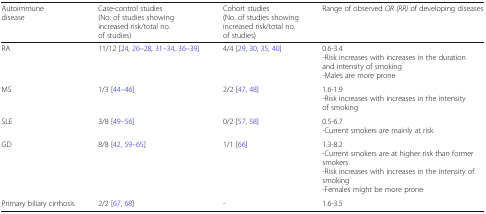
<table><thead><tr><td><b>Autoimmune disease</b></td><td><b>Case-control studies(No. of studies showing increased risk/total no. of studies)</b></td><td><b>Cohort studies(No. of studies showing increased risk/total no. of studies)</b></td><td><b>Range of observed <i>OR (RR)</i> of developing diseases</b></td></tr></thead><tbody><tr><td>RA</td><td>11/12 [24, 26–28, 31–34, 36–39]</td><td>4/4 [29, 30, 35, 40]</td><td>0.6-3.4-Risk increases with increases in the duration and intensity of smoking-Males are more prone</td></tr><tr><td>MS</td><td>1/3 [44–46]</td><td>2/2 [47, 48]</td><td>1.6-1.9-Risk increases with increases in the intensity of smoking</td></tr><tr><td>SLE</td><td>3/8 [49–56]</td><td>0/2 [57, 58]</td><td>0.5-6.7-Current smokers are mainly at risk</td></tr><tr><td>GD</td><td>8/8 [42, 59–65]</td><td>1/1 [66]</td><td>1.3-8.2-Current smokers are at higher risk than former smokers-Risk increases with increases in the intensity of smoking-Females might be more prone</td></tr><tr><td>Primary biliary cirrhosis</td><td>2/2 [67, 68]</td><td>-</td><td>1.6-3.5</td></tr></tbody></table>